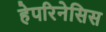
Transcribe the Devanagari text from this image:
हेपरिनेसिस